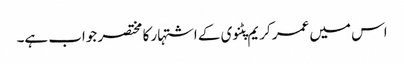
اس میں عمر کریم پٹنوی کے اشتہار کا مختصر جواب ہے۔